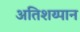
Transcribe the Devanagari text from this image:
अतिशय्पान